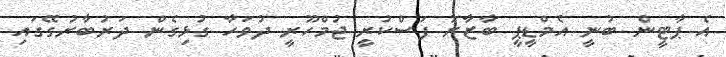
އެ ޕާޓީން ބުނީ އެމްޑީޕީ ބާޒާރު ފަސްކުރީ ޖުމްހޫރީ ދުވަހާ ގުޅިގެން ދަރުބާރުގޭގައި